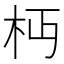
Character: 𣏜